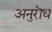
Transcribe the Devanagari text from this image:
अनुरॊध